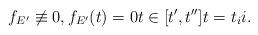
LaTeX: \begin{align*} f_{E'}\not\equiv 0, f_{E'}(t) = 0 t\in[t',t''] t=t_i i. \end{align*}